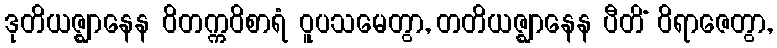
ဒုတိယဇ္ဈာနေန ဝိတက္ကဝိစာရံ ဝူပသမေတွာ, တတိယဇ္ဈာနေန ပီတိံ ဝိရာဇေတွာ,